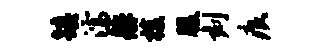
镇濡舴梭腹刻痕